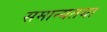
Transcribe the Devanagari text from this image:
समान्यतया